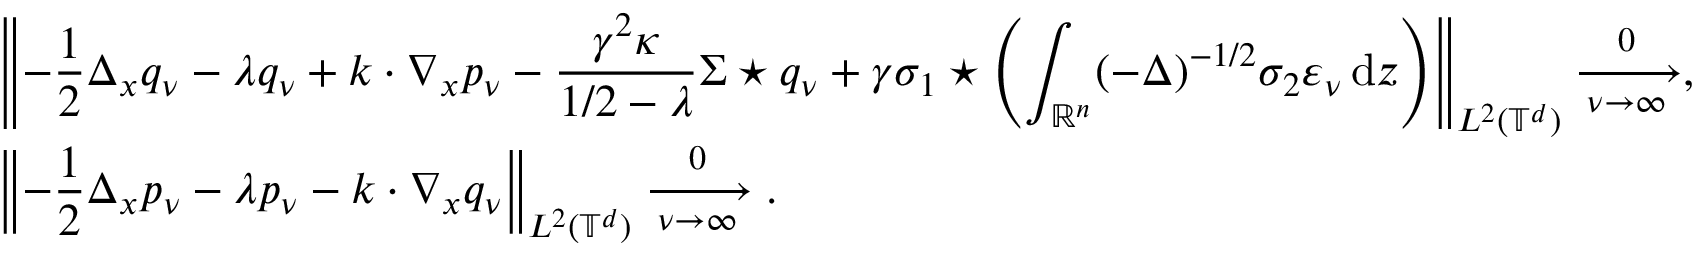
\begin{array} { r l } & { \left\| - \displaystyle \frac { 1 } { 2 } \Delta _ { x } q _ { \nu } - \lambda q _ { \nu } + k \cdot \nabla _ { x } p _ { \nu } - \frac { \gamma ^ { 2 } \kappa } { 1 / 2 - \lambda } \Sigma \star q _ { \nu } + \gamma \sigma _ { 1 } \star \left( \displaystyle \int _ { \mathbb R ^ { n } } ( - \Delta ) ^ { - 1 / 2 } \sigma _ { 2 } \varepsilon _ { \nu } \, { \mathrm { d } } z \right) \right\| _ { L ^ { 2 } ( \mathbb { T } ^ { d } ) } \xrightarrow [ \nu \to \infty ] 0 , } \\ & { \left\| - \displaystyle \frac 1 2 \Delta _ { x } p _ { \nu } - \lambda p _ { \nu } - k \cdot \nabla _ { x } q _ { \nu } \right\| _ { L ^ { 2 } ( \mathbb { T } ^ { d } ) } \xrightarrow [ \nu \to \infty ] 0 . } \end{array}